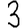
Digit: 3